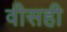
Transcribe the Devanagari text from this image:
वीसही